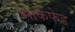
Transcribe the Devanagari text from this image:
मार्कफेड